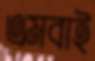
এমবাই